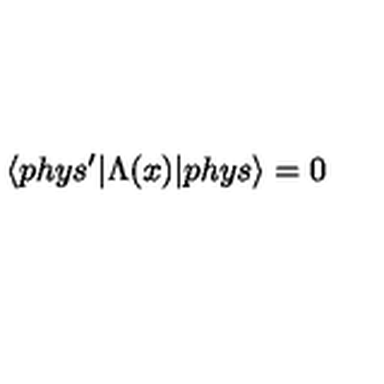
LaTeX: \langle p h y s ^ { \prime } | \Lambda ( x ) | p h y s \rangle = 0